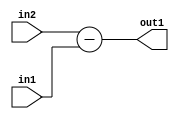
`timescale 1ps / 1ps
/*****************************************************************************
    Verilog RTL Description
    
    
    Created by: Stratus DpOpt 21.05.01 
*******************************************************************************/

module SobelFilter_Sub_6Sx3U_6S_1 (
	in2,
	in1,
	out1
	); /* architecture "behavioural" */ 
input [5:0] in2;
input [2:0] in1;
output [5:0] out1;
wire [5:0] asc001;

assign asc001 = 
	+(in2)
	-(in1);

assign out1 = asc001;
endmodule

/* CADENCE  urn5SAs= : u9/ySxbfrwZIxEzHVQQV8Q== ** DO NOT EDIT THIS LINE ******/